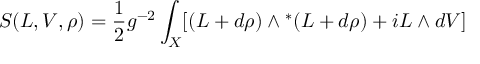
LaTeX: S ( L , V , \rho ) = \frac { 1 } { 2 } g ^ { - 2 } \int _ { X } [ ( L + d \rho { } ) \wedge { } ^ { * } ( L + d \rho { } ) + i L \wedge { } d V ]